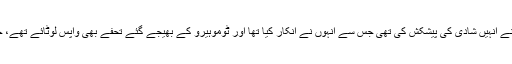
حملے سے پہلے ٹومیٹا نے پولیس کو اس بارے میں اطلاع دی تھی کہ مداح ٹوموہیرو اوازاکی نے انہیں شادی کی پیشکش کی تھی جس سے انہوں نے انکار کیا تھا اور ٹوموہیرو کے بھیجے گئے تحفے بھی واپس لوٹائے تھے، جس کے بعد ٹوموہیرو نے انہیں 140 پیغامات بھیجے جن میں قتل کی دھمکیاں بھی شامل تھیں۔